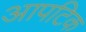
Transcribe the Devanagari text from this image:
आपटिक